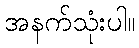
အနက်သုံးပါ။